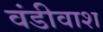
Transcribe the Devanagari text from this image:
वंडीवाश